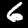
Label: 6